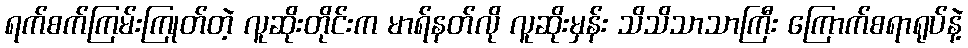
ရက်စက်ကြမ်းကြုတ်တဲ့ လူဆိုးတိုင်းက မာရ်နတ်လို လူဆိုးမှန်း သိသိသာသာကြီး ကြောက်စရာရုပ်နဲ့